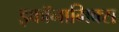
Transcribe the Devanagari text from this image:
इकॉनामिक्स